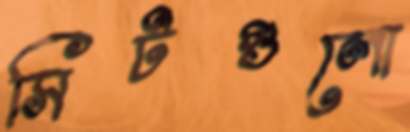
সিটগুলো